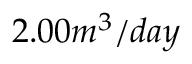
2 . 0 0 m ^ { 3 } / d a y